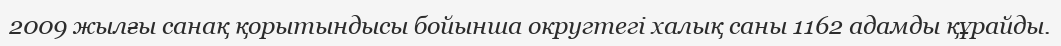
2009 жылғы санақ қорытындысы бойынша округтегі халық саны 1162 адамды құрайды.